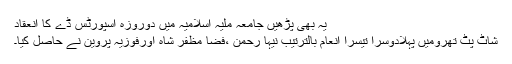
یہ بھی پڑھیں جامعہ ملیہ اسلامیہ میں دوروزہ اسپورٹس ڈے کا انعقاد
شاٹ پٹ تھرومیں پہلادوسرا تیسرا انعام بالترتیب نیہا رحمن ،فضا مظفر شاہ اورفوزیہ پروین نے حاصل کیا۔